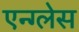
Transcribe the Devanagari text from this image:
एन्ग्लेस